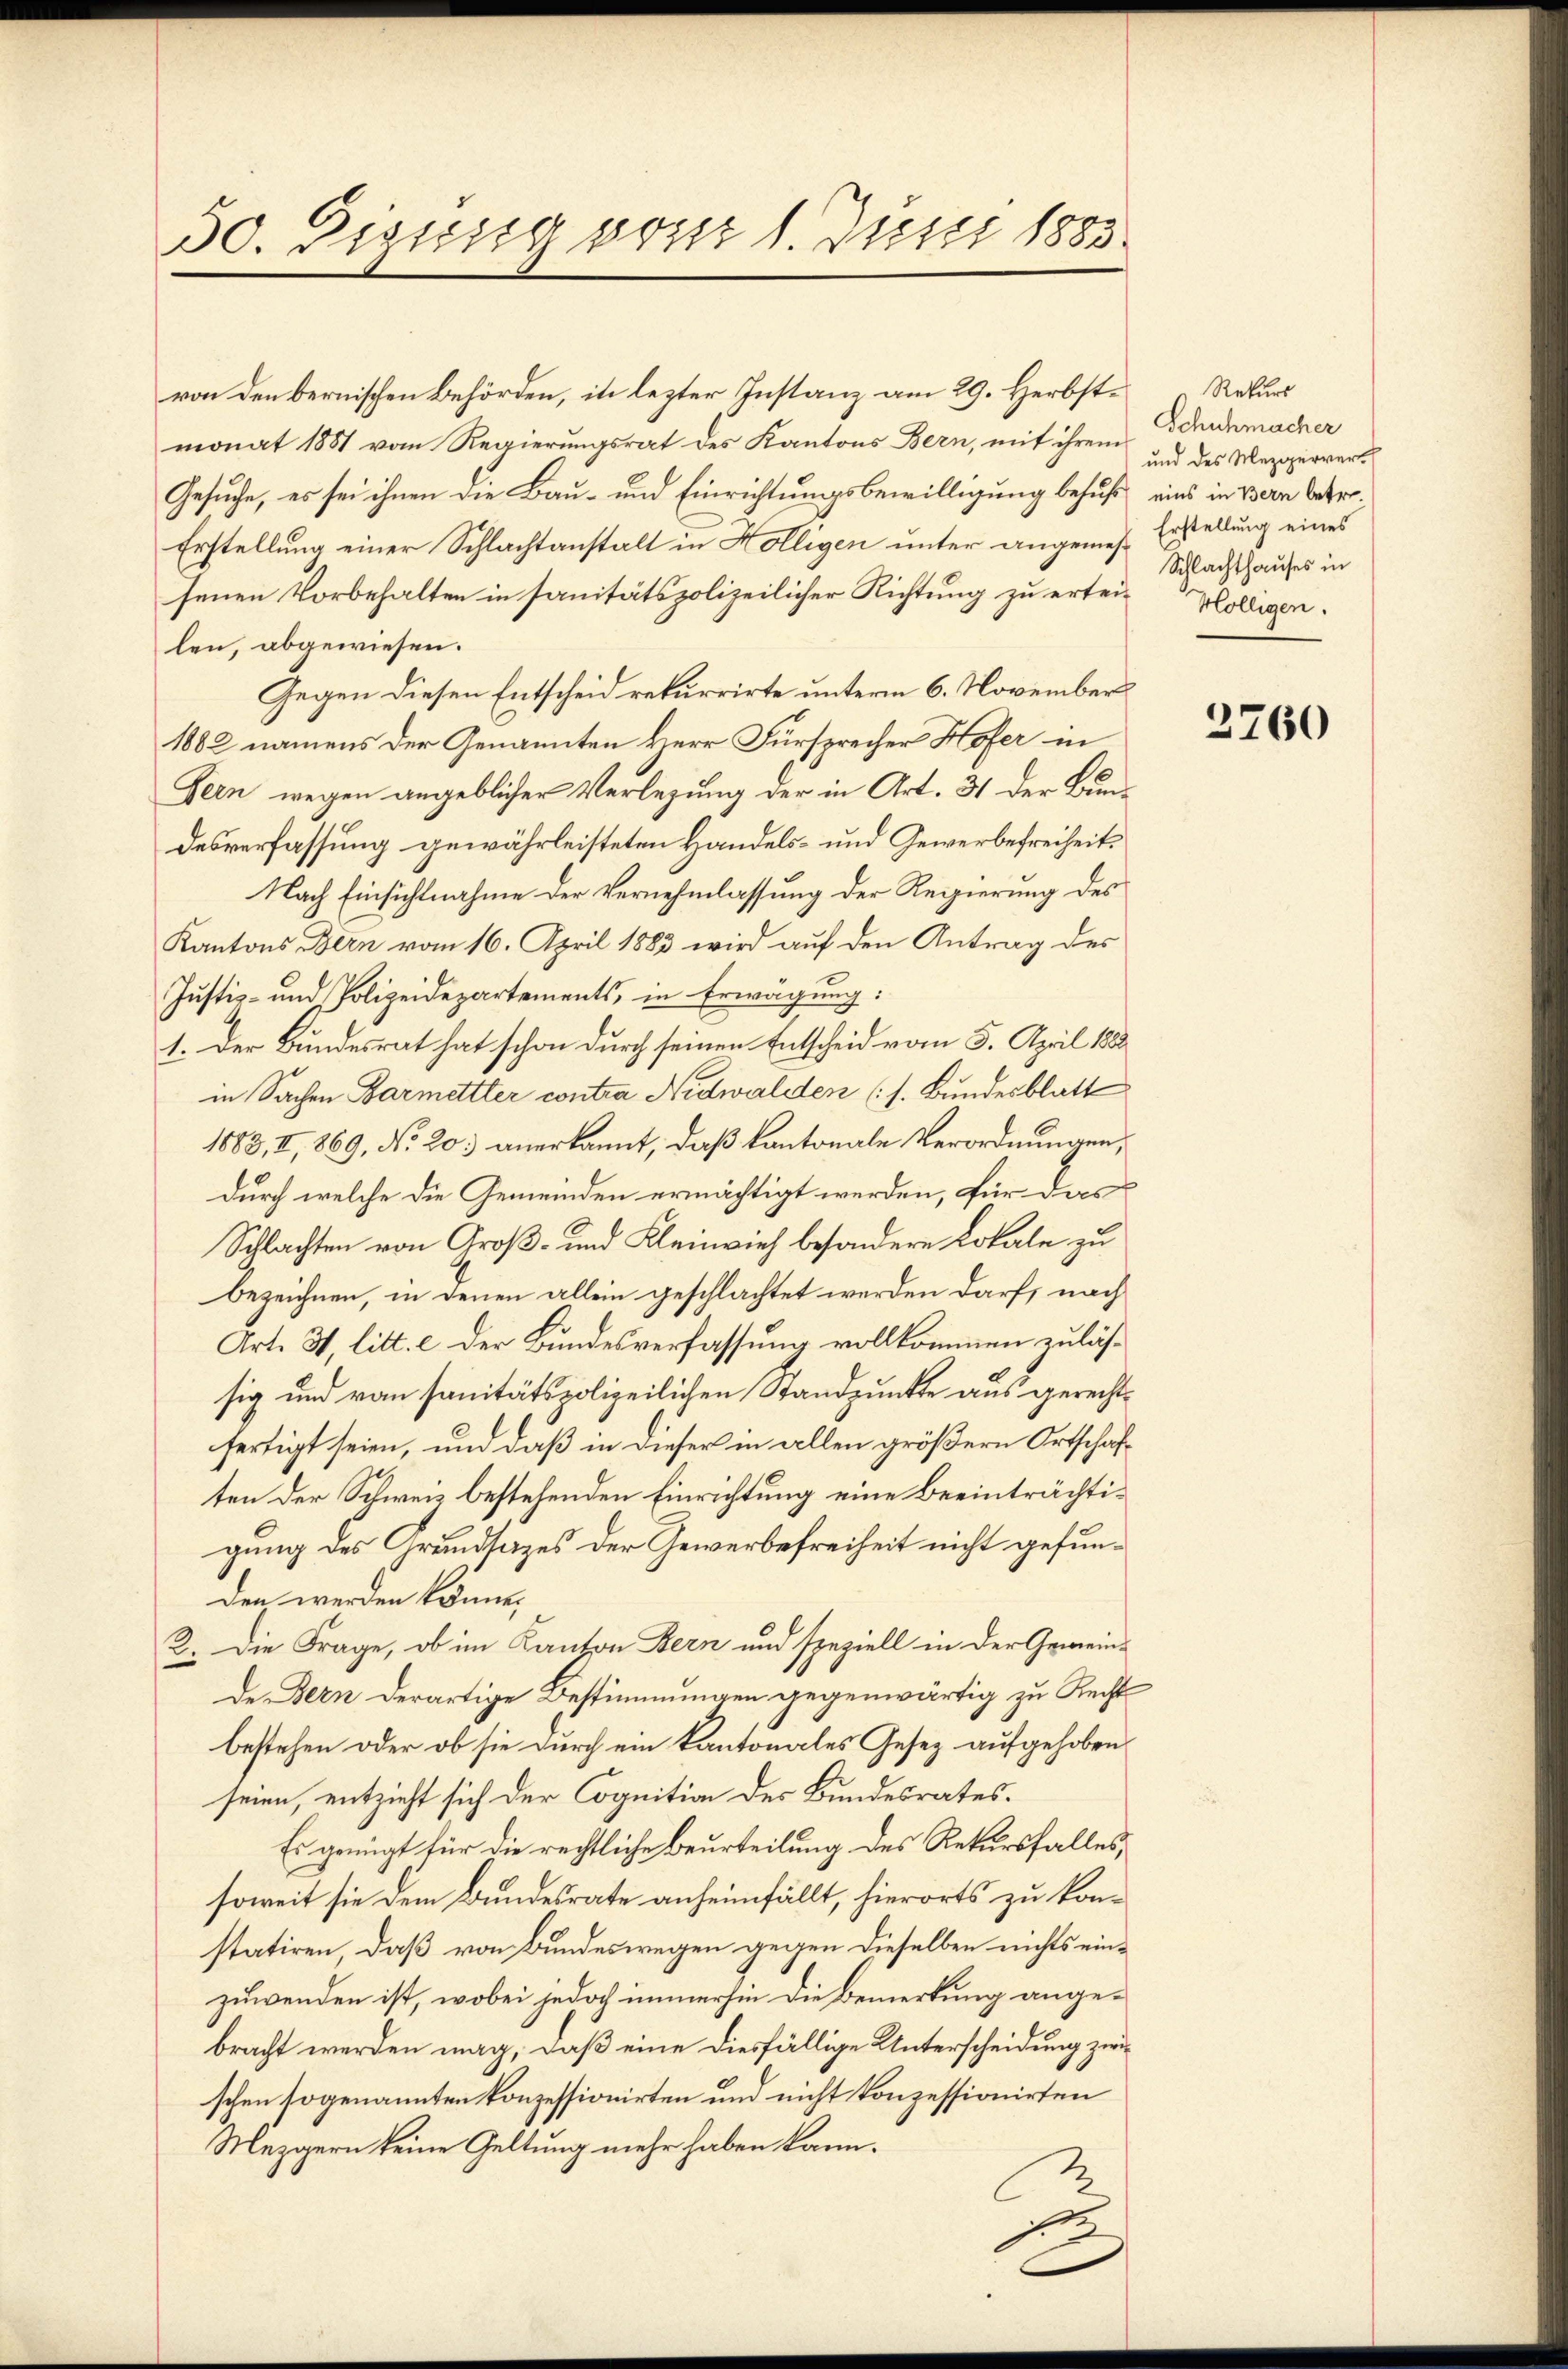
50. Digusig von 1. Justi 1885.

von den bernischen Behörden, in lezter Instanz am 29. Herbstmonat 1881 vom Regierungsrat des Kantons Bern, mit ihrem
Gesuche, es sei ihnen die Bau- und Einrichtungsbewilligung behuf eins in Bern betr.
Erstellung einer Schlachtanstalt in Hölligen unter angemes- Erstellung eines
senen Vorbehalten in sanitätspolizeilicher Richtung zu ertei-Kölligen.
len, abgewiesen.
Gegen diesen Entscheid rekurrirte unterm 6. November
1882 namens der Genannten Herr Fürsprecher Hofer in
Fein wegen angeblicher Verlegung der in Art. 31 der Bundesverfassung gewährleisteten Handels- und Gewerbefreiheit.
Nach Einsichtnahme der Vernehmlassung der Regierung des
Kantons Bern vom 16. April 1883 wird auf den Antrag des
Justiz- und Polizeidepartements, in Erwägung:
1. Der Bundesrat hat schon durch seinen Entscheid vom 5. April 1882
in Sachen Barmettler contra Nidwalden (s. Bundesblatt
1883, II, 869, No 20. anerkannt, daß kantonale Verordnungen,
durch welche die Gemeinden ermächtigt werden, für das
Schlachten von Groß- und Kleinvieh besondere Lokale zu
bezeichnen, in denen allein geschlachtet werden darf, nach
Art. 3, litt. c der Bundesverfassung vollkommen zulässig und von sanitätspolizeilichen Standpunkte aus gerechtfertigt seien, und daß in dieser in allen größern Ortschäften der Schweiz bestehenden Einrichtung eine beeinträchtigung des Grundsatzes der Gewerbefreiheit nicht gefunden werden könne,
2. Die Frage, ob im Kanton Bern und speziell in der Gemeinde Bern derartige Bestimmungen gegenwärtig zu Recht
bestehen oder ob sie durch ein kantonales Gesez aufgehoben
seien, entzieht sich der Cognition des Bundesrates.
Es genügt für die rechtliche Beurteilung des Rekursfalles,
soweit sie dem Bundesrate anheimfällt, hierorts zu konstatiren, daß von Bundeswegen gegen dieselben nichts einzuwenden ist, wobei jedoch immerhin die Bemerkung angebracht werden mag, daß eine diesfällige Unterscheidung zwischen sogenannten konzessionirten und nicht konzessionirten
Mezgern keine Geltung mehr haben kann.
s

Rekurs
Schuhmacher
und des Mezgerver¬
Schlachthauses in

2760